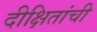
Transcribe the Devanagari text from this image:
दीक्षितांची